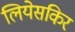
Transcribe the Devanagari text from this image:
लियेसकिर